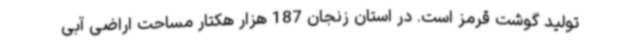
تولید گوشت قرمز است. در استان زنجان 187 هزار هکتار مساحت اراضی آبی